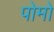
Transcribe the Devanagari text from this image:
पोमो